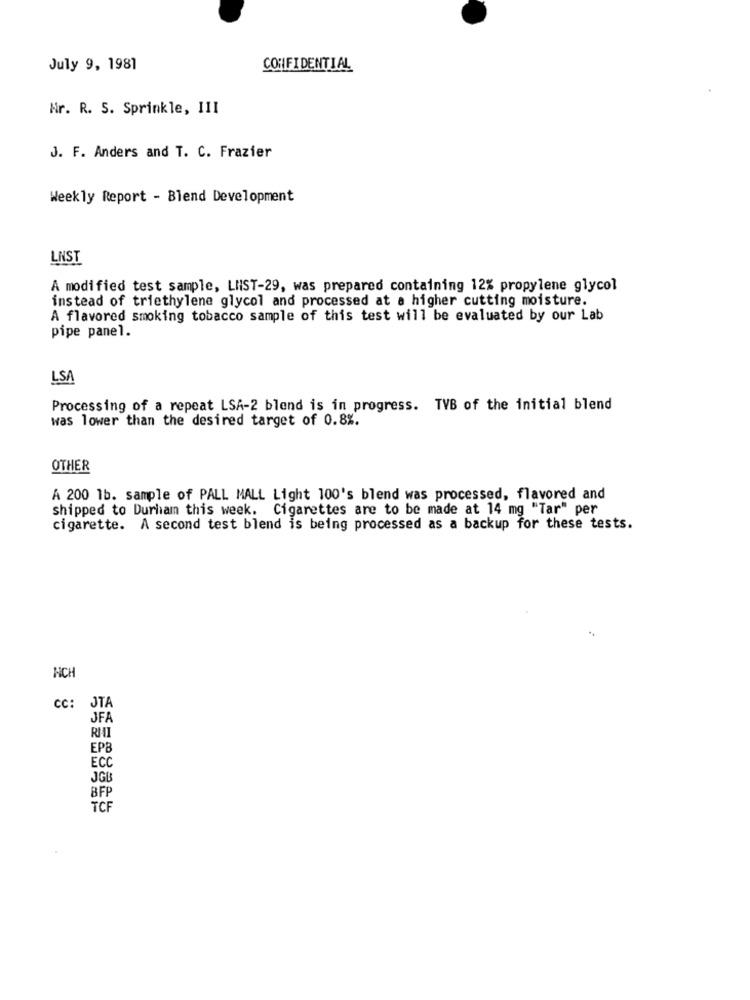
July 9, 1981
CONFIDENTIAL
Nr. R. 5. Sprinkle, III
J. F. Anders and T. C. Frazier
Weekly Report - Blend Development
LNST
A modified test sample, LIST-29, was prepared containing 12% propylene glycol
instead of triethylene glycol and processed at a higher cutting moisture.
A flavored smoking tobacco sample of this test will be evaluated by our Lab
pipe panel.
LSA
Processing of a repeat LSA-2 blend is in progress. TVB of the initial blend
was lower than the desired target of 0.8%.
OTHER
A 200 1b. sample of PALL MALL Light 100's blend was processed, flavored and
shipped to Durham this week. Cigarettes are to be made at 14 mg "Tar" per
cigarette. A second test blend is being processed as a backup for these tests.
NCH
CC: JTA
JFA
EPB
ECC
JGU
BFF
TCP